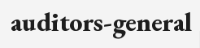
auditors-general